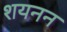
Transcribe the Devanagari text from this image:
शयनन